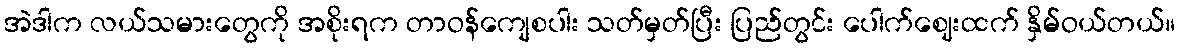
အဲဒါက လယ်သမားတွေကို အစိုးရက တာဝန်ကျေစပါး သတ်မှတ်ပြီး ပြည်တွင်း ပေါက်ဈေးထက် နှိမ်ဝယ်တယ်။